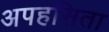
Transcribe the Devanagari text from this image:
अपहसिता